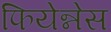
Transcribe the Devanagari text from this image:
फियेन्नेस